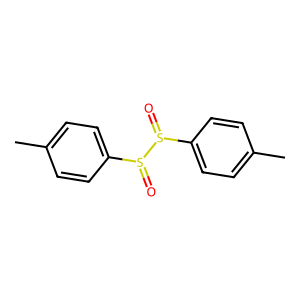
SMILES: Cc1ccc(S(=O)S(=O)c2ccc(C)cc2)cc1
Inhibits HIV replication: No